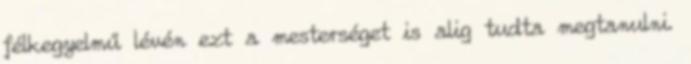
félkegyelmű lévén ezt a mesterséget is alig tudta megtanulni.